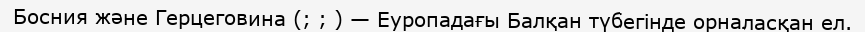
Босния және Герцеговина (; ; ) — Еуропадағы Балқан түбегінде орналасқан ел.